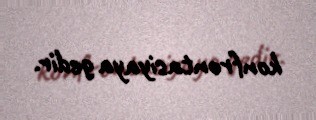
konfrontasiyaya gedir.